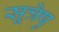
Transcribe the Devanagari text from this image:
सूत्रेषु